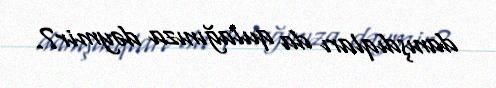
danışdıqları da qulağınıza dəymir?.